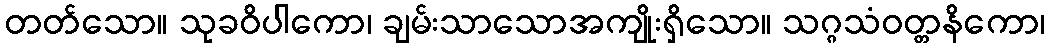
တတ်သော။ သုခဝိပါကော၊ ချမ်းသာသောအကျိုးရှိသော။ သဂ္ဂသံဝတ္တနိကော၊